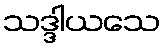
သဒ္ဒါယသေ